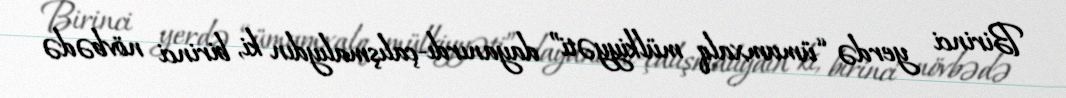
Birinci yerdə “ümumxalq mülkiyyəti” dayanırdı-çalışmalıydın ki, birinci növbədə